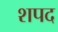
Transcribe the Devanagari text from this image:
शपद